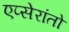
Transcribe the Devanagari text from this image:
एप्सेरांतो